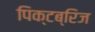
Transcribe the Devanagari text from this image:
पिक्टब्रिज